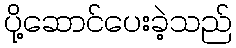
ပို့ဆောင်ပေးခဲ့သည်